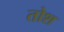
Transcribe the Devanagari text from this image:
तोश